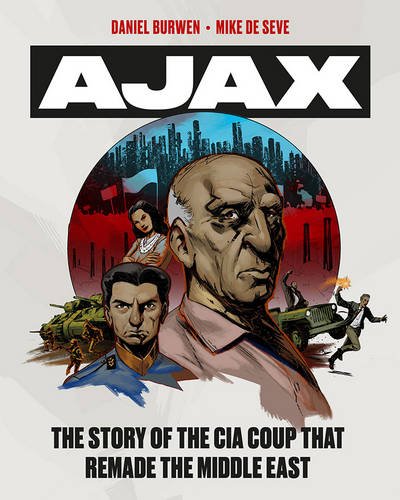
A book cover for Operation Ajax: The Story of the CIA Coup that Remade the Middle East; Mike de Seve; History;